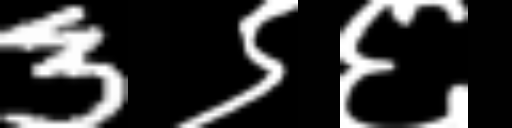
Text: 3९६